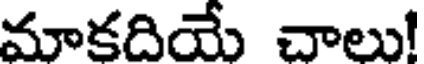
మాకదియే చాలు!